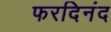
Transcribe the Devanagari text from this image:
फरदिनंद